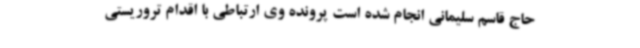
حاج قاسم سلیمانی انجام شده است پرونده وی ارتباطی با اقدام تروریستی